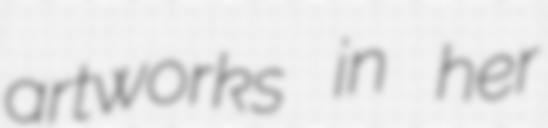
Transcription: artworks in her